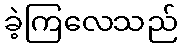
ခဲ့ကြလေသည်